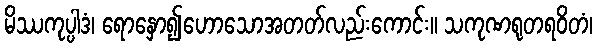
မိဿကုပ္ပါဒံ၊ ရောနှော၍ဟောသောအတတ်လည်းကောင်း။ သကုဏရုတရဝိတံ၊